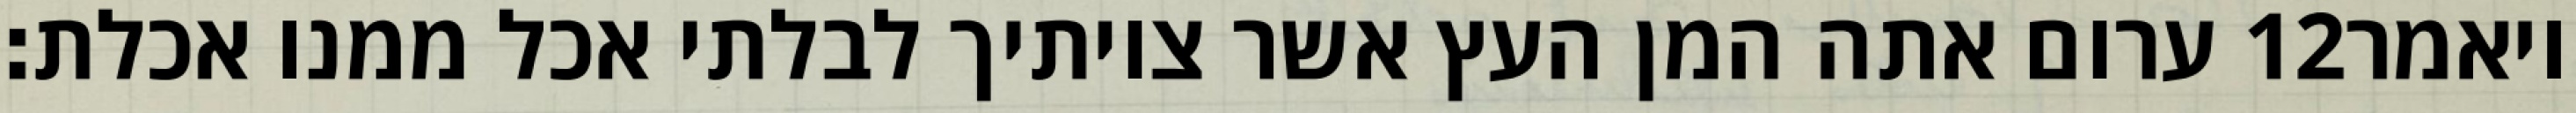
ערום אתה המן העץ אשר צויתיך לבלתי אכל ממנו אכלת׃ ‎12‏ ויאמר